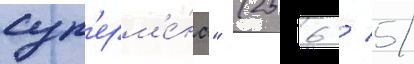
суп'ерм'е́на" (256 / 5